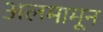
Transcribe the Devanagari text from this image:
अलमामून